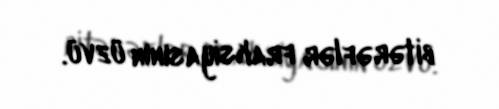
bitərəflər fraksiyasının üzvü.